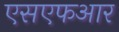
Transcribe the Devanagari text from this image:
एसएफआर